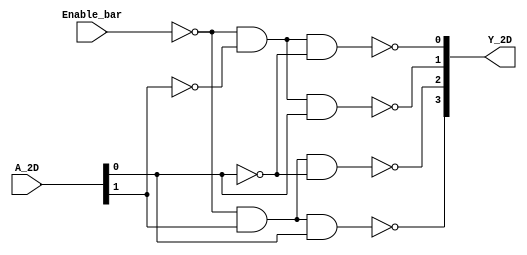
// Dual 2-line to 4-line decoder/demultiplexer (inverted outputs)
`default_nettype none
`timescale 1ns/1ns

module ttl_74139  #(parameter DELAY = 15)
(
  input wire Enable_bar,
  input wire [1:0] A_2D,
  output wire [3:0] Y_2D
);
  assign #DELAY Y_2D[0] = ~(~Enable_bar & ~A_2D[1] & ~A_2D[0]); 
  assign #DELAY Y_2D[1] = ~(~Enable_bar & ~A_2D[1] &  A_2D[0]);
  assign #DELAY Y_2D[2] = ~(~Enable_bar &  A_2D[1] & ~A_2D[0]);
  assign #DELAY Y_2D[3] = ~(~Enable_bar &  A_2D[1] &  A_2D[0]);
endmodule